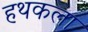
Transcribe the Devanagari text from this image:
हथकला